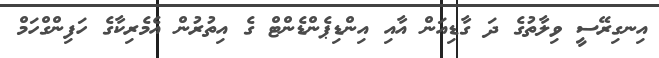
އިނގިރޭސީ ވިލާތުގެ ދަ ގާޑިއަން އާއި އިންޑިޕެންޑެންޓް ގެ އިތުރުން އެމެރިކާގެ ހަފިންގްހަމް